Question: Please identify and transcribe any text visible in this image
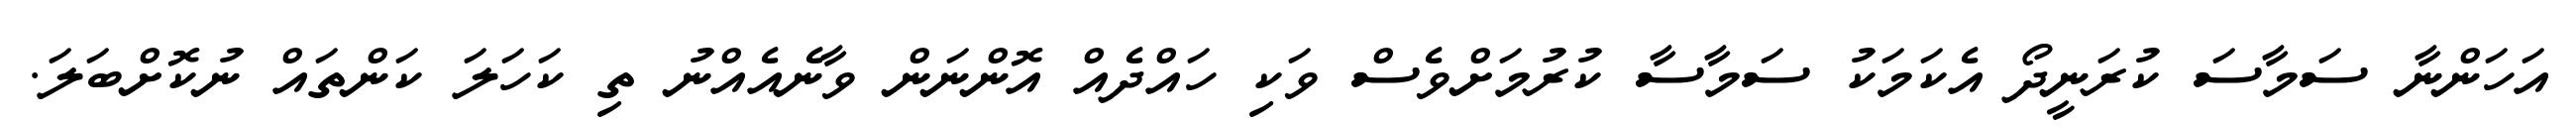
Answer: އަހަންނާ ސަމާސަ ކުރަނީދޯ އެކަމަކު ސަމާސާ ކުރުމަށްވެސް ވަކި ހައްދެއް އޮންނަން ވާނެއެއްނު ތި ކަހަލަ ކަންތައް ނުކޮށްބަލަ.